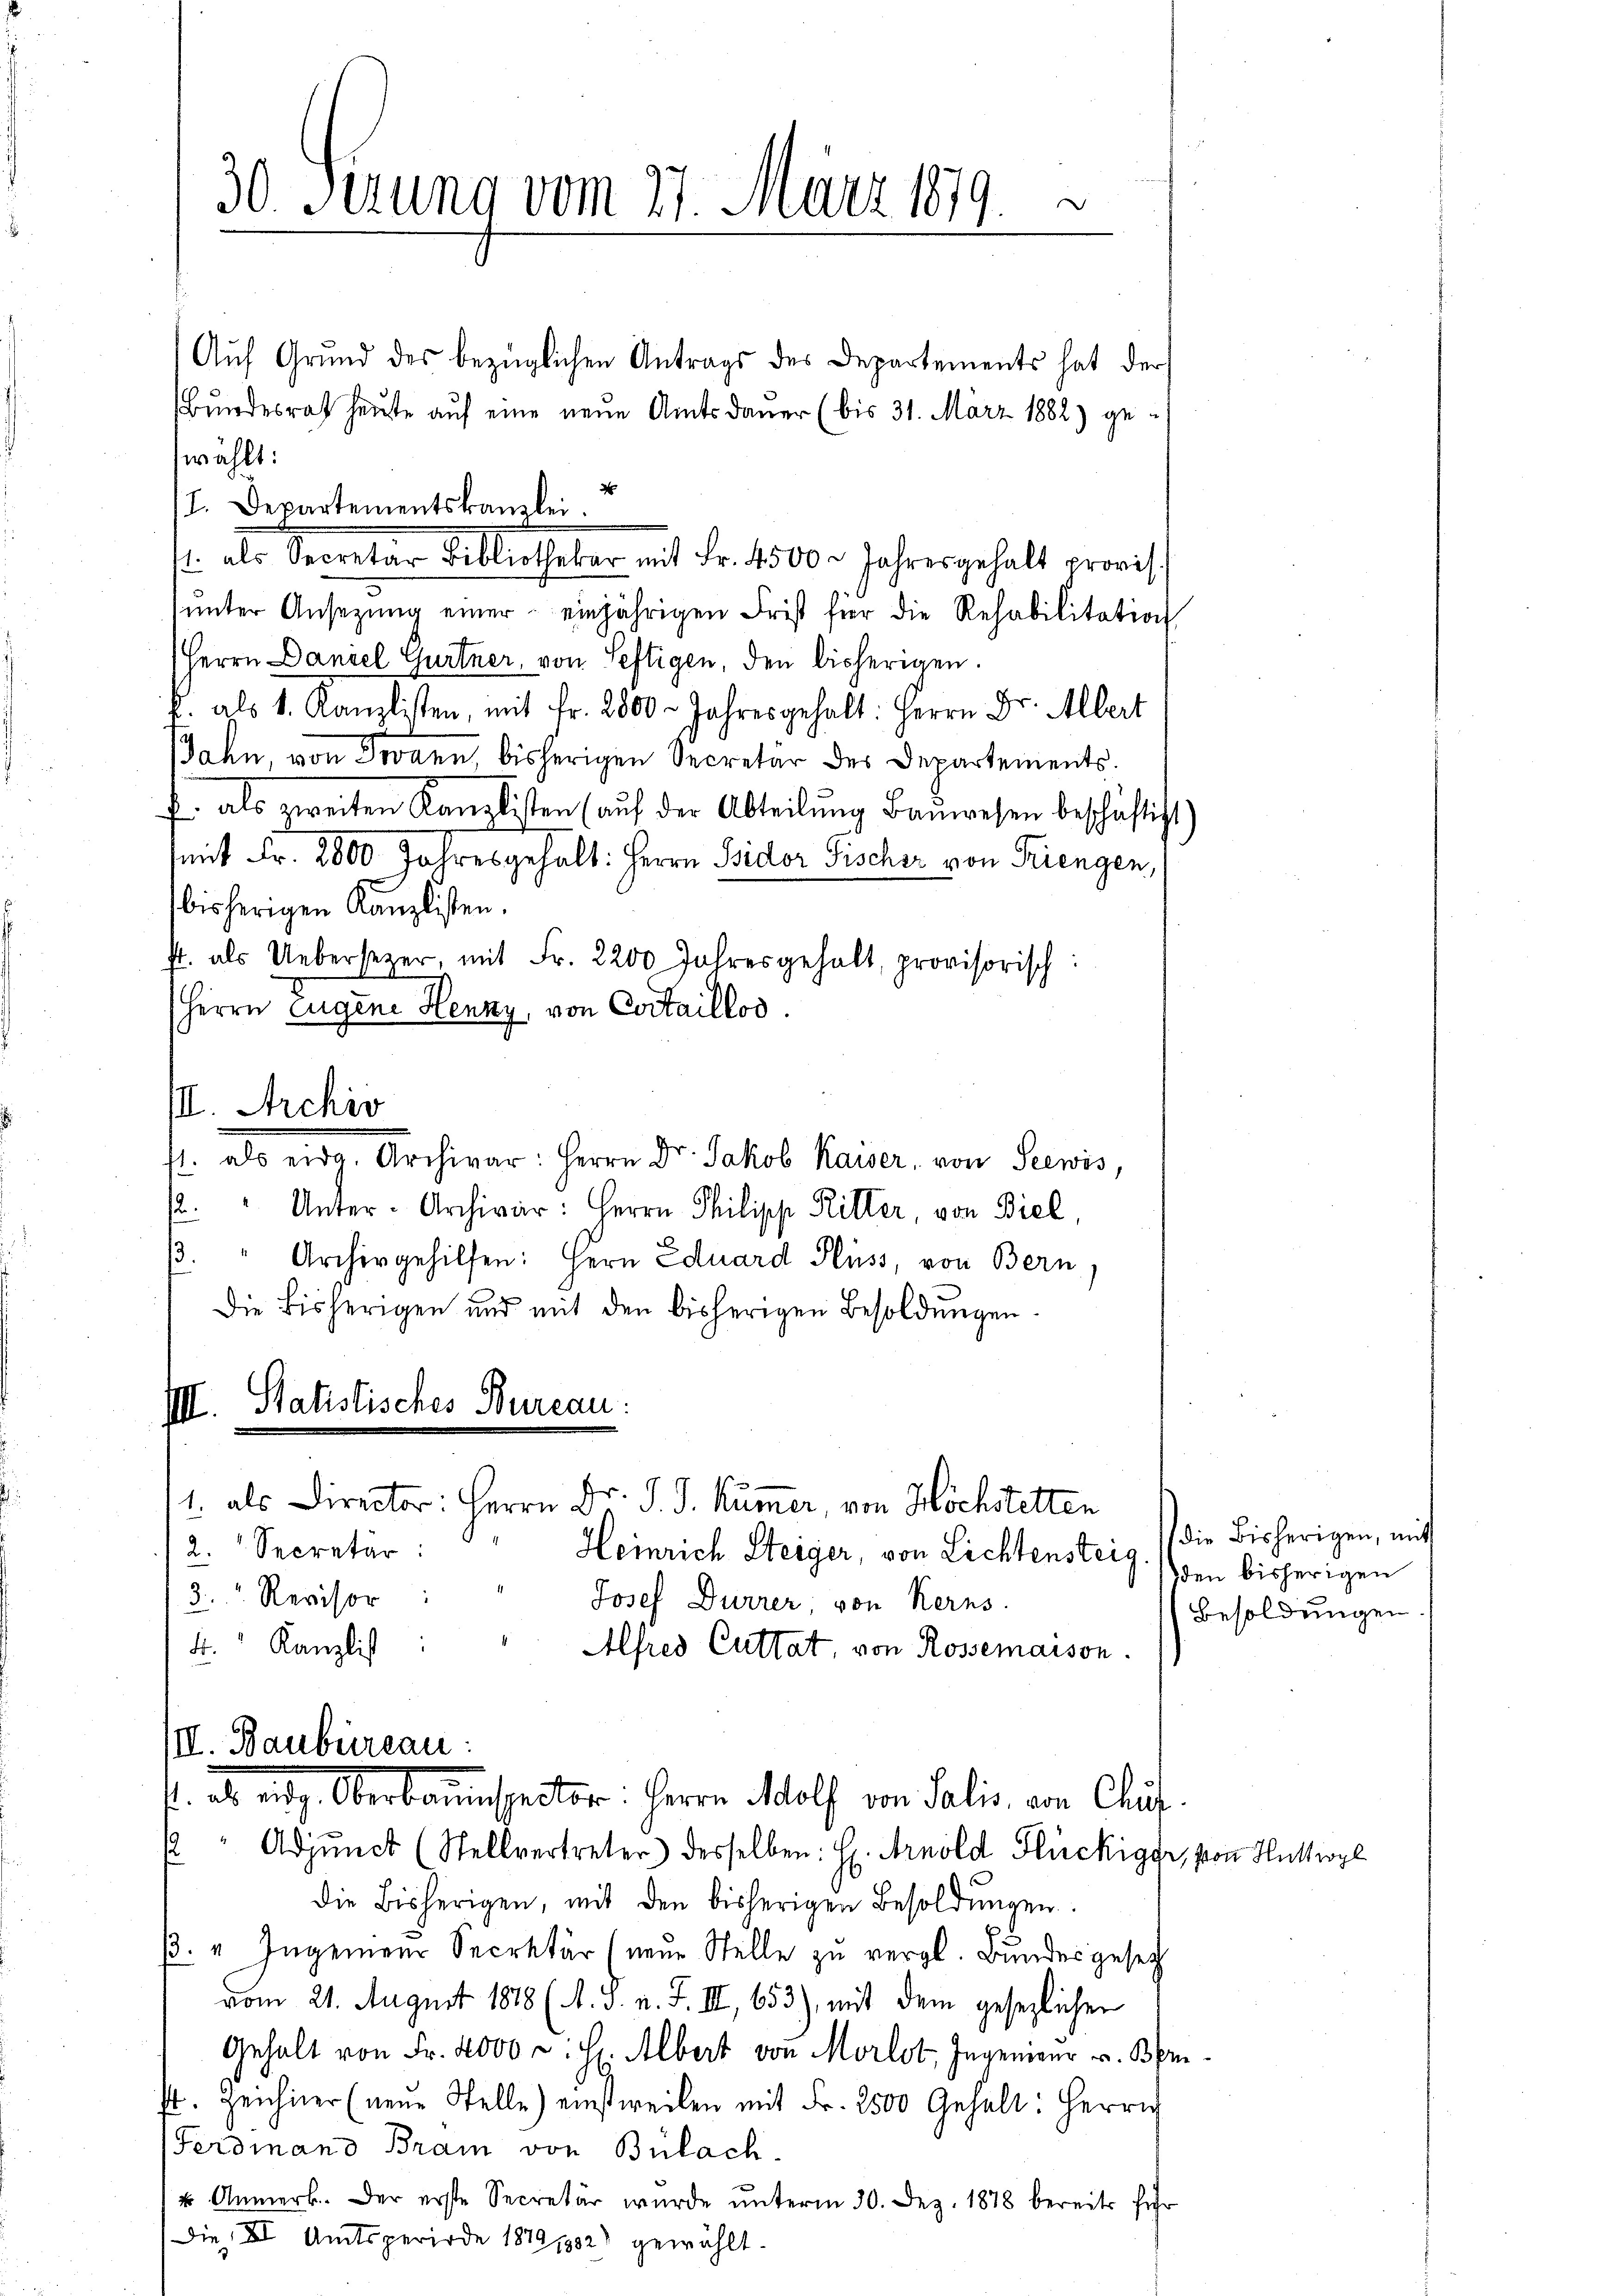
30. Serung vom 27. März 1879.

III. Archiv

Aŭf Grŭnd des bezüglichen Antrags des Departements hat der
Bundesrath heute auf eine neue Amtsdauer (bis 31. März 1882) gewählt:
ŭnter Ansetzŭng einer einjährigen Frist für die Rehabilitation
Herrn Daniel Gurtner, von Seftigen, den bisherigen.
k. als 1. Kanzlisten, mit Fr. 2800. Jahresgehalt: Herrn Dr. Albert
Jahn, von Joann bisherigen Secretär des Departements.
f. als zweiten Kanzlisten (auf der Abteilŭng Baŭwesen beschäftigt)
mit Fr. 2800 Jahresgehalt: Herrn Bidor Fischer von Triengen,
bisherigen Kanzlisten.
f. als Uebersezer, mit Fr. 2200 Jahresgehalt, provisorisch
Herrn Eugene Henny, von Cortaillos
fl. als eidg. Archivar: Herrn Dr. Jakob Kaiser, von Sewis,
12.
Unter-Archivar: Herrn Philipp Ritter, von Biel,
.
Archiv gehilfen: Herrn Eduard Fluss, von Bern,
Die bisherigen und mit den bisherigen Besoldungen
VII. Statistisches Bureau:
1. als Director: Herrn Dr. J. J. Kümmer, von Höchstetten
Heinrich Steiger, von Lichtensteig. (die Bisherigen, mit
2. Secretär:
3. " Revisor
Josef Dürrer, von Kerns
4. Kanzlist
Alfred Cuttat, von Rossemaison.
III. Baubureau:
k. als aug. Oberkannspector: Herrn Molf von Salis, von Chit
Adjunct (Stellvertreter desselben: H. Arnold Stückigg, von Huttwyl
f
die Bisherigen, mit den bisherigen Besoldŭngen.
β. " Ingenieur Secretär (neue Stelle zu vergl. Bundesgesetz
vom 21. August 1878 (A. J. n. F. III, 653), mit dem gesezlichen
Gehalt von Fr. 4000 f: H: Albert von Morlot, Ingenieur u. Ben
st. Zeichner (neŭe Stelle) einstweilen mit Fr. 2500 Gehalt: Herrn
Ferdinand Bram von Bülach.
1 u. Anmerk. Der erste Secretär wurde ŭnterm 30. Dez. 1878 bereits führ
Die III Amtsperiode 18791382) gewählt.

I. Departementskanzlei.
1. als Secretär Bibliotheker mit Fr. 1500. Jahrer gehalt erris

e

den bisherigen
Besoldungen